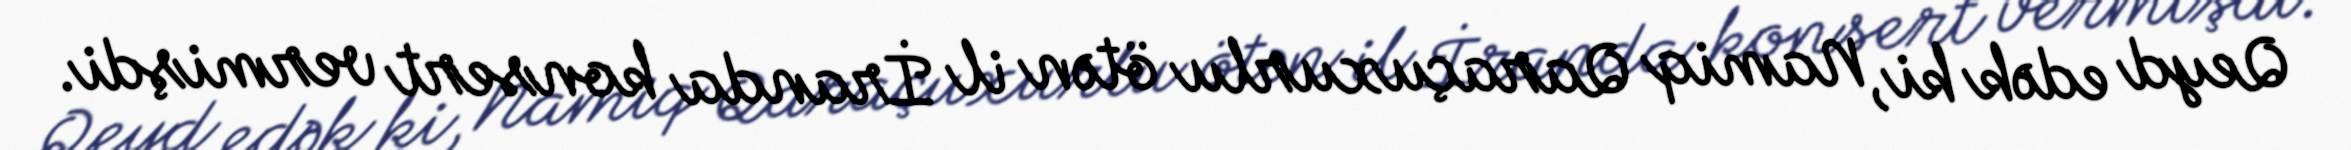
Qeyd edək ki, Namiq Qaraçuxurlu ötən il İranda konsert vermişdi.